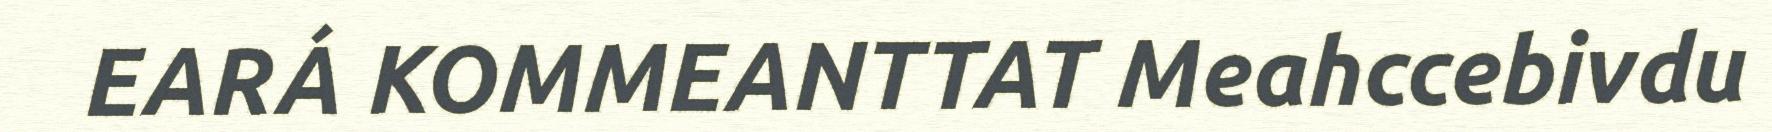
EARÁ KOMMEANTTAT Meahccebivdu